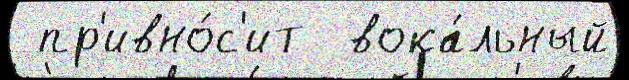
 пр'ивно́с'ит  вока́льный